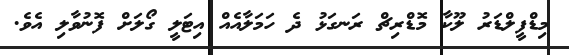
މިޑްފީލްޑަރު ލޫކާ މޮޑްރިޗް ރަނގަޅު ދެ ހަމަލާއެއް އިޓަލީ ގޯލަށް ފޮނުވާލި އެވެ.